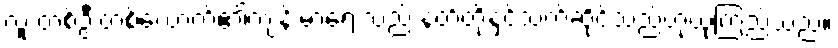
လူ တစ်ဦးတစ်ယောက်၏ကျန်းမာရေးသည် နတ်တို့နှင့်သက်ဆိုင်သည်ဟုယုံကြည်သည်။